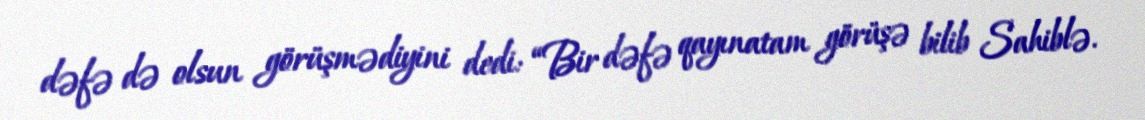
dəfə də olsun görüşmədiyini dedi: “Bir dəfə qayınatam görüşə bilib Sahiblə.